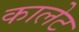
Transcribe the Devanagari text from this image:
कालेट